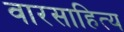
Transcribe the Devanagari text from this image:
वारसाहित्य